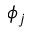
\phi _ { j }